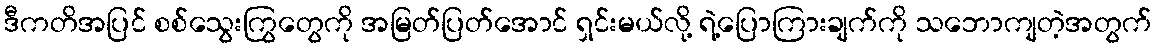
ဒီကတိအပြင် စစ်သွေးကြွတွေကို အမြတ်ပြတ်အောင် ရှင်းမယ်လို့ ရဲ့ပြောကြားချက်ကို သဘောကျတဲ့အတွက်